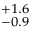
^ { + 1 . 6 } _ { - 0 . 9 }